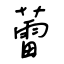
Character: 蕾